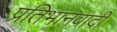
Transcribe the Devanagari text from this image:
प्रतिभानवादी